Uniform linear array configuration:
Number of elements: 32
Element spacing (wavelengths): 0.5
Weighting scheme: blackman
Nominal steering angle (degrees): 0
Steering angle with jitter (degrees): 0.1608
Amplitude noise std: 0.05
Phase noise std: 0.05

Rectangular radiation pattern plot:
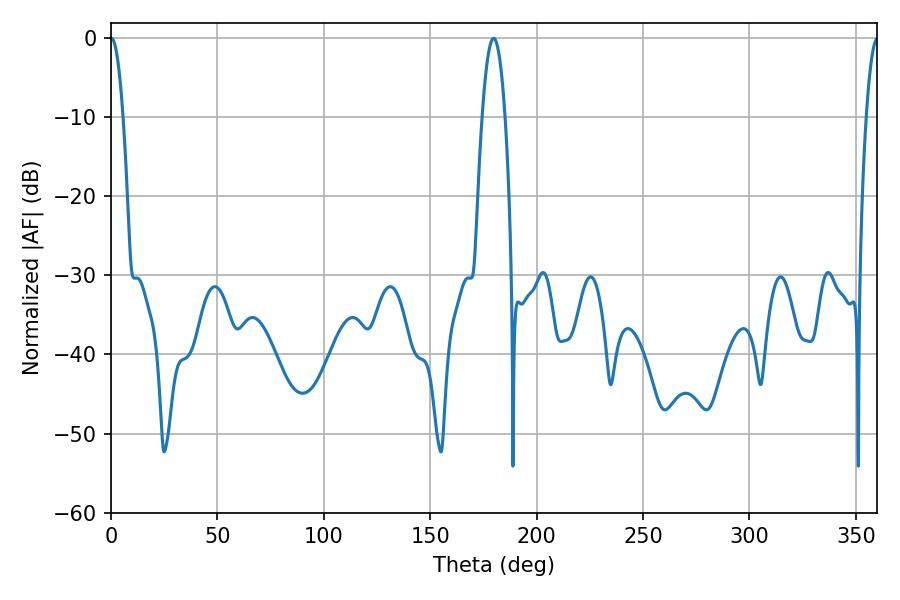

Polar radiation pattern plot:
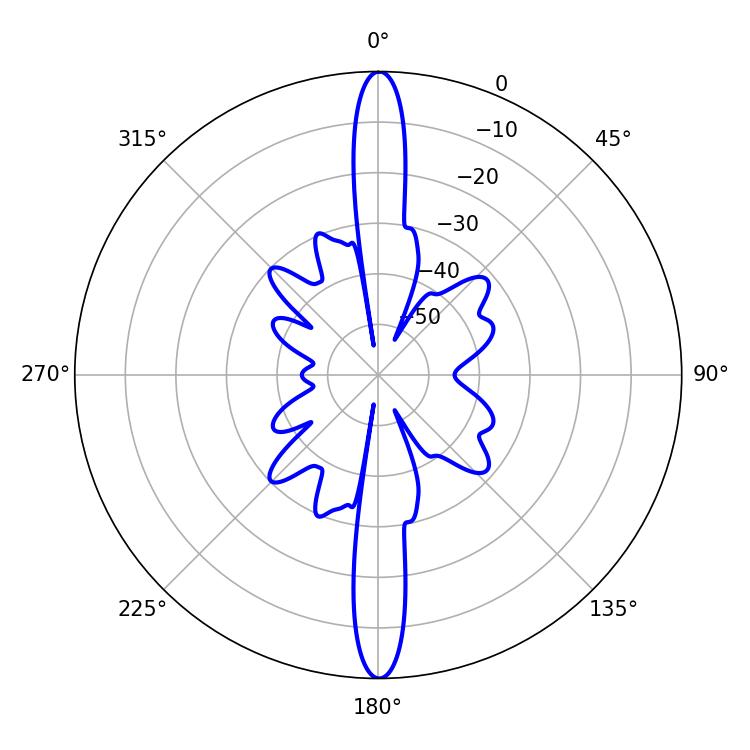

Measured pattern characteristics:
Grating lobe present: FALSE
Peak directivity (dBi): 33.382
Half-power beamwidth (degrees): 3.24
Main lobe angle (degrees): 0.18